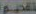
القصو